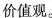
价值观